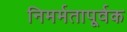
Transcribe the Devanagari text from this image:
निमर्मतापूर्वक